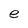
Character: e